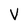
Character: V